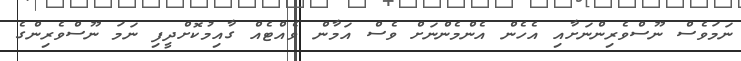
ނަމަވެސް ނޫސްވެރިންނަށާއި އެހެން އެންމެންނަށް ވެސް އަމާން ވެއްޓެއް ގާއިމުކޮށްދީފި ނަމަ ނޫސްވެރިންގެ